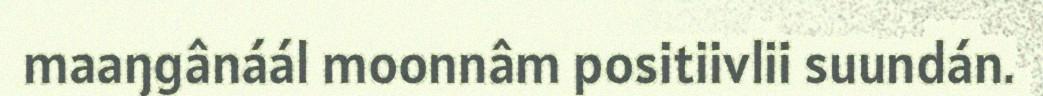
maaŋgânáál moonnâm positiivlii suundán.